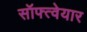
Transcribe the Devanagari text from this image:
सॉफ्त्वेयार